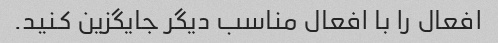
افعال را با افعال مناسب دیگر جایگزین کنید.